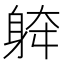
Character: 𨉀